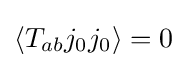
{\textstyle \langle T_{ab}j_{0}j_{0}\rangle =0}